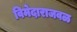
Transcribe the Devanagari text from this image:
विमेदाराजवळ